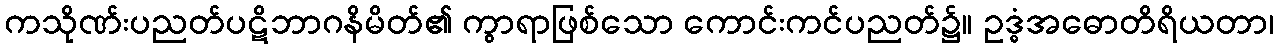
ကသိုဏ်းပညတ်ပဋိဘာဂနိမိတ်၏ ကွာရာဖြစ်သော ကောင်းကင်ပညတ်၌။ ဥဒ္ဓံအဓောတိရိယတာ၊